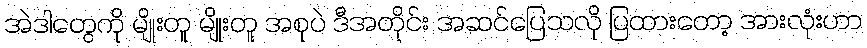
အဲဒါတွေကို မျိုးတူ မျိုးတူ အစုပဲ ဒီအတိုင်း အဆင်ပြေသလို ပြထားတော့ အားလုံးဟာ